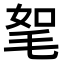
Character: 𣭠